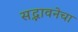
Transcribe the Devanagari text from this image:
सद्भावनेचा